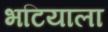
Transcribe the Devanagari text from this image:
भटियाला